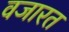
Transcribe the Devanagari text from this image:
वजारत